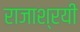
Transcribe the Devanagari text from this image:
राजाश्रयी